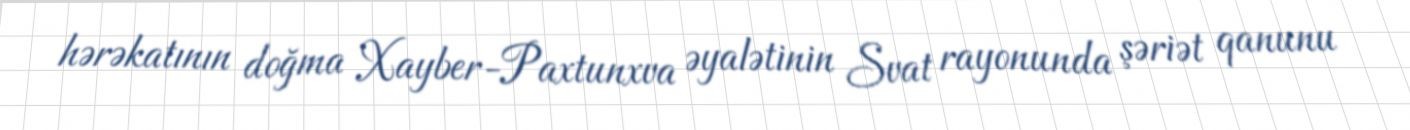
hərəkatının doğma Xayber-Paxtunxva əyalətinin Svat rayonunda şəriət qanunu